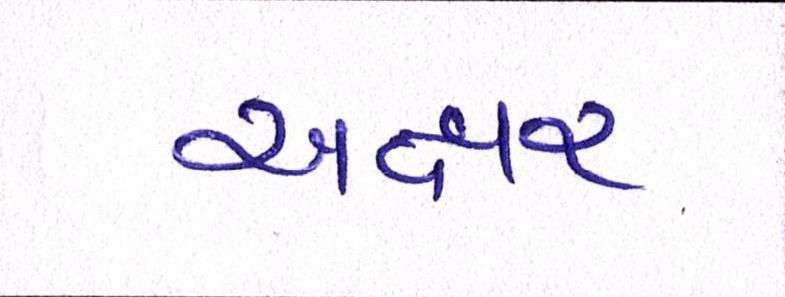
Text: અક્ષર